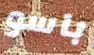
باسو